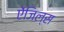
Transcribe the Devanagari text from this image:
ऐंजिल्स